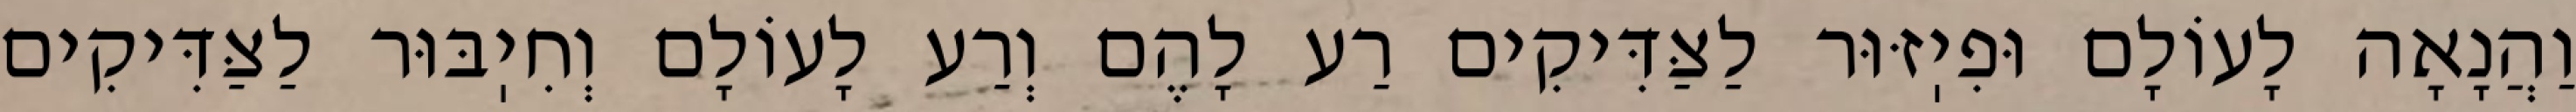
וַהֲנָאָה לָעוֹלָם וּפִיֽזּוּר לַצַּדִּיקִים רַע לָהֶם וְרַע לָעוֹלָם וְחִיֽבּוּר לַצַּדִּיקִים